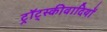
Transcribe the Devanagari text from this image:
ट्रॉट्स्कीवादियों